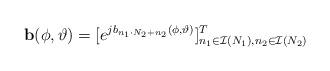
LaTeX: \begin{align*}\mathbf{b}(\phi,\vartheta) = [e^{jb_{n_1\cdot N_2+n_2}(\phi,\vartheta)}]^T_{n_1\in \mathcal{I}(N_1), n_2\in \mathcal{I}(N_2)}\end{align*}